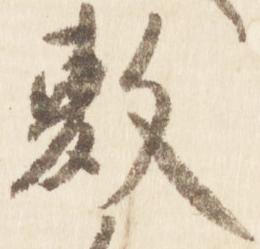
敷